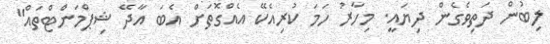
ލިބުން ދަތިވެގެން ދިޔައީ. މިހާރު ހަމަ ކުރިއެކޭ އެއްގޮތަށް އެބަ އާދޭ ޝިޕްމަންޓްތައް"